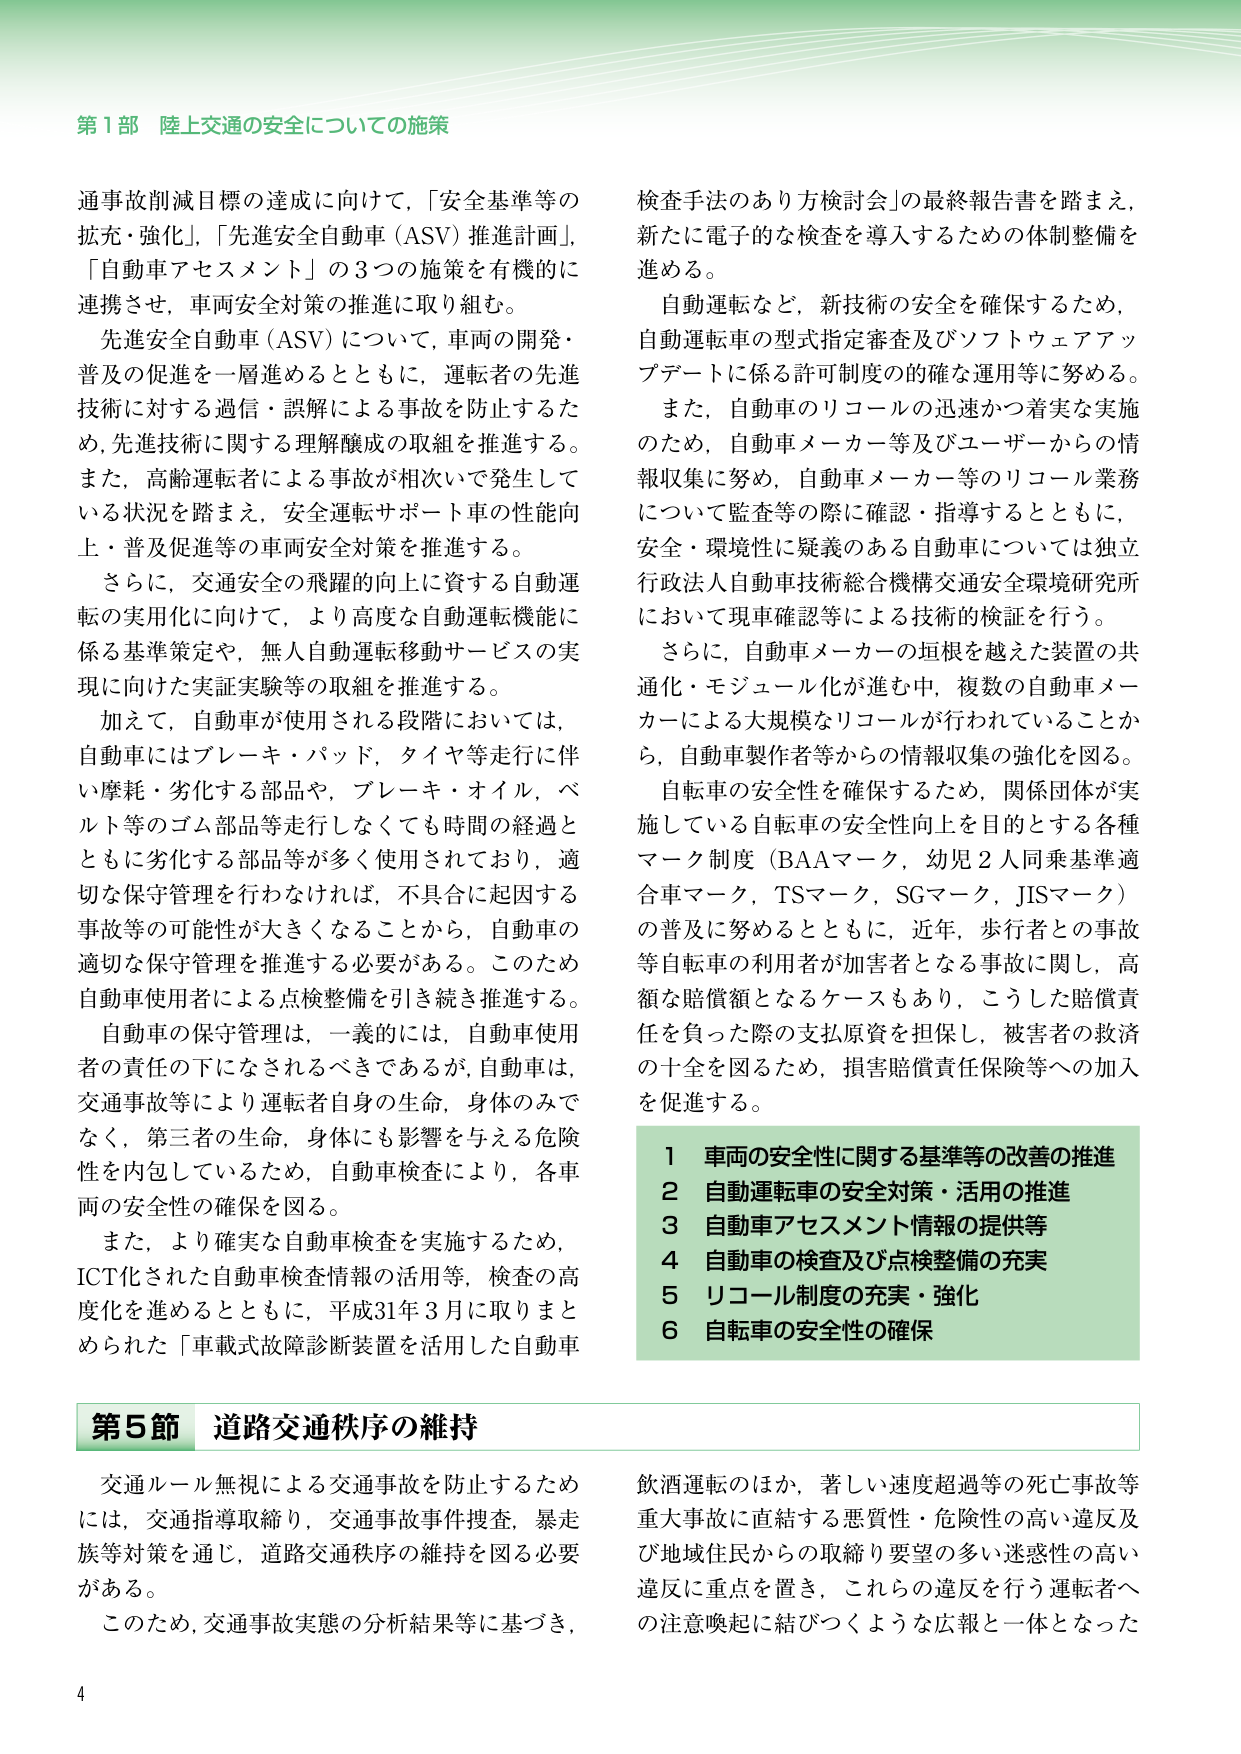
第1部 陸上交通の安全についての施策

通事故削減目標の達成に向けて，「安全基準等の拡充・強化」，「先進安全自動車（ASV）推進計画」，「自動車アセスメント」の3つの施策を有機的に連携させ，車両安全対策の推進に取り組む。

先進安全自動車（ASV）について，車両の開発・普及の促進を一層進めるとともに，運転者の先進技術に対する過信・誤解による事故を防止するため，先進技術に関する理解醸成の取組を推進する。また，高齢運転者による事故が相次いで発生している状況を踏まえ，安全運転サポート車の性能向上・普及促進等の車両安全対策を推進する。

さらに，交通安全の飛躍的向上に資する自動運転の実用化に向けて，より高度な自動運転機能に係る基準策定や，無人自動運転移動サービスの実現に向けた実証実験等の取組を推進する。

加えて，自動車が使用される段階においては，自動車にはブレーキ・パッド，タイヤ等走行に伴い摩耗・劣化する部品や，ブレーキ・オイル，ベルト等のゴム部品等走行しなくても時間の経過とともに劣化する部品等が多く使用されており，適切な保守管理を行わなければ，不具合に起因する事故等の可能性が大きくなることから，自動車の適切な保守管理を推進する必要がある。このため自動車使用者による点検整備を引き続き推進する。

自動車の保守管理は，一義的には，自動車使用者の責任の下になされるべきであるが，自動車は，交通事故等により運転者自身の生命，身体のみでなく，第三者の生命，身体にも影響を与える危険性を内包しているため，自動車検査により，各車両の安全性の確保を図る。

また，より確実な自動車検査を実施するため，ICT化された自動車検査情報の活用等，検査の高度化を進めるとともに，平成31年3月に取りまとめられた「車載式故障診断装置を活用した自動車検査手法のあり方検討会」の最終報告書を踏まえ，新たに電子的な検査を導入するための体制整備を進める。

自動運転など，新技術の安全を確保するため，自動運転車の型式指定審査及びソフトウェアアップデートに係る許可制度の的確な運用等に努める。

また，自動車のリコールの迅速かつ着実な実施のため，自動車メーカー等及びユーザーからの情報収集に努め，自動車メーカー等のリコール業務について監査等の際に確認・指導するとともに，安全・環境性に疑義のある自動車については独立行政法人自動車技術総合機構交通安全環境研究所において現車確認等による技術的検証を行う。

さらに，自動車メーカーの垣根を越えた装置の共通化・モジュール化が進む中，複数の自動車メーカーによる大規模なリコールが行われていることから，自動車製作者等からの情報収集の強化を図る。

自転車の安全性を確保するため，関係団体が実施している自転車の安全性向上を目的とする各種マーク制度（BAAマーク，幼児2人同乗基準適合車マーク，TSマーク，SGマーク，JISマーク）の普及に努めるとともに，近年，歩行者との事故等自転車の利用者が加害者となる事故に関し，高額な賠償額となるケースもあり，こうした賠償責任を負った際の支払原資を担保し，被害者の救済の十全を図るため，損害賠償責任保険等への加入を促進する。

1 車両の安全性に関する基準等の改善の推進
2 自動運転車の安全対策・活用の推進
3 自動車アセスメント情報の提供等
4 自動車の検査及び点検整備の充実
5 リコール制度の充実・強化
6 自転車の安全性の確保

第5節 道路交通秩序の維持

交通ルール無視による交通事故を防止するためには，交通指導取締り，交通事故事件捜査，暴走族等対策を通じ，道路交通秩序の維持を図る必要がある。

このため，交通事故実態の分析結果等に基づき，飲酒運転のほか，著しい速度超過等の死亡事故等重大事故に直結する悪質性・危険性の高い違反及び地域住民からの取締り要望の多い迷惑性の高い違反に重点を置き，これらの違反を行う運転者への注意喚起に結びつくような広報と一体となった

4